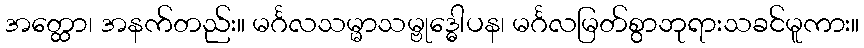
အတ္ထော၊ အနက်တည်း။ မင်္ဂလသမ္မာသမ္ဗုဒ္ဓေါပန၊ မင်္ဂလမြတ်စွာဘုရားသခင်မူကား။